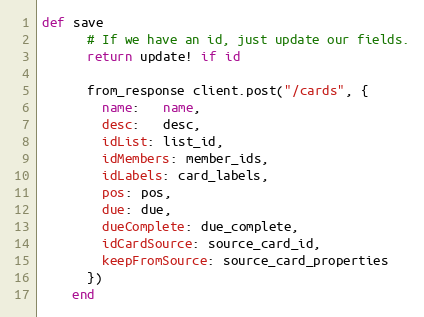
Language: Ruby
def save
      # If we have an id, just update our fields.
      return update! if id

      from_response client.post("/cards", {
        name:   name,
        desc:   desc,
        idList: list_id,
        idMembers: member_ids,
        idLabels: card_labels,
        pos: pos,
        due: due,
        dueComplete: due_complete,
        idCardSource: source_card_id,
        keepFromSource: source_card_properties
      })
    end